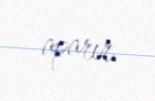
aparır.